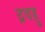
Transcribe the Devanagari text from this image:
द्रवहु